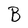
Character: B